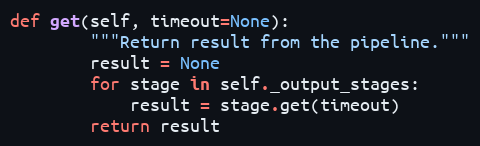
Language: Python
def get(self, timeout=None):
        """Return result from the pipeline."""
        result = None
        for stage in self._output_stages:
            result = stage.get(timeout)
        return result